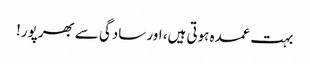
بہت عمدہ ہوتی ہیں، اور سادگی سے بھرپور!